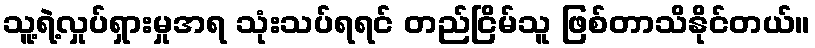
သူ့ရဲ့လှုပ်ရှားမှုအရ သုံးသပ်ရရင် တည်ငြိမ်သူ ဖြစ်တာသိနိုင်တယ်။